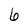
Character: 6